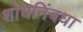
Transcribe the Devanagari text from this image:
शोधनिंबधा